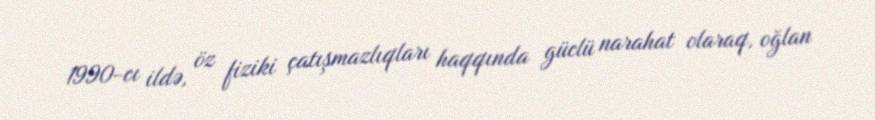
1990-cı ildə, öz fiziki çatışmazlıqları haqqında güclü narahat olaraq, oğlan